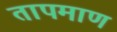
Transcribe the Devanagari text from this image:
तापमाण